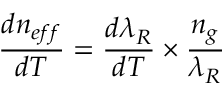
\frac { d n _ { e f f } } { d T } = \frac { d \lambda _ { R } } { d T } \times \frac { n _ { g } } { \lambda _ { R } }